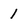
Character: 1